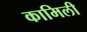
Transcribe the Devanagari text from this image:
कामिली